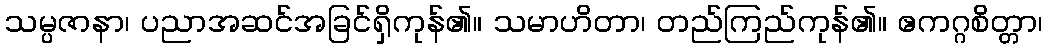
သမ္ပဇာနာ၊ ပညာအဆင်အခြင်ရှိကုန်၏။ သမာဟိတာ၊ တည်ကြည်ကုန်၏။ ဧကဂ္ဂစိတ္တာ၊